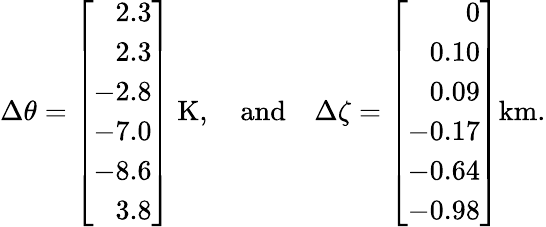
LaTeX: {\Delta\theta}=\left[\begin{array}{r}{2.3}\\ {2.3}\\ {-2.8}\\ {-7.0}\\ {-8.6}\\ {3.8}\end{array}\right]\mathrm{~K},\quad\mathrm{and}\quad{\Delta\zeta}=\left[\begin{array}{r}{0}\\ {0.10}\\ {0.09}\\ {-0.17}\\ {-0.64}\\ {-0.98}\end{array}\right]\mathrm{km}.